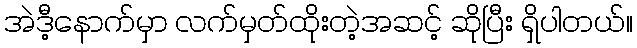
အဲဒီ့နောက်မှာ လက်မှတ်ထိုးတဲ့အဆင့် ဆိုပြီး ရှိပါတယ်။